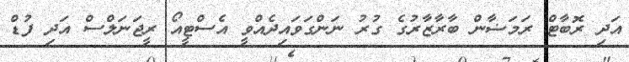
އަދި ރޮބާޓް ރަމަޟާން ބާރާޒާރުގެ ގުރު ނަންގަވައިދެއްވީ އެސްޓީއޯ ރީޖަނަލްސް އަދި ފުޑް